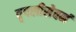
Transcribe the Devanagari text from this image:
वृषलीसेवनं